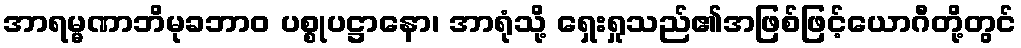
အာရမ္မဏာဘိမုခဘာဝ ပစ္စုပဋ္ဌာနော၊ အာရုံသို့ ရှေးရှုသည်၏အဖြစ်ဖြင့်ယောဂီတို့တွင်